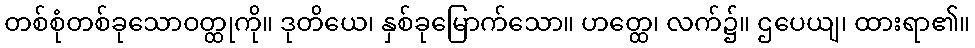
တစ်စုံတစ်ခုသောဝတ္ထုကို။ ဒုတိယေ၊ နှစ်ခုမြောက်သော။ ဟတ္ထေ၊ လက်၌။ ဌပေယျ၊ ထားရာ၏။